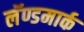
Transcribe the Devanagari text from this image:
लॅण्डमार्क